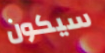
سيكون